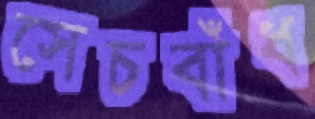
সেচবাঁধ